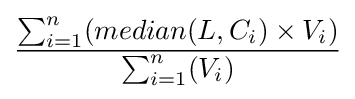
{\frac {\sum _{i=1}^{n}({median}(L,C_{i})\times V_{i})}{\sum _{i=1}^{n}(V_{i})}}